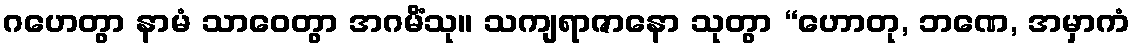
ဂဟေတွာ နာမံ သာဝေတွာ အဂမိံသု။ သကျရာဇာနော သုတွာ “ဟောတု, ဘဏေ, အမှာကံ